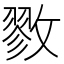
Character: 𪯖